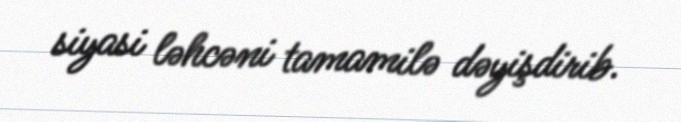
siyasi ləhcəni tamamilə dəyişdirib.